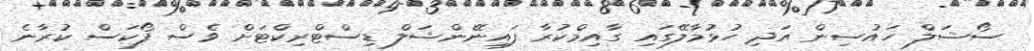
ސޯޝަލް ހައުސިން އަދި ހުޅުމާލޭގައި ގާއިމްކުރާ ފައިނޭންޝަލް ޑިސްޓްރިކްޓަށް ވެސް ފޯކަސް ކުރާނެ